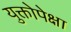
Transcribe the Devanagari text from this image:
युक्तोपेक्षा